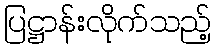
ပြဋ္ဌာန်းလိုက်သည့်